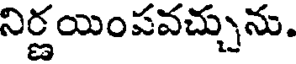
నిర్ణయింపవచ్చును.